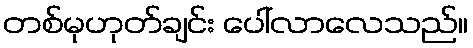
တစ်မုဟုတ်ချင်း ပေါ်လာလေသည်။